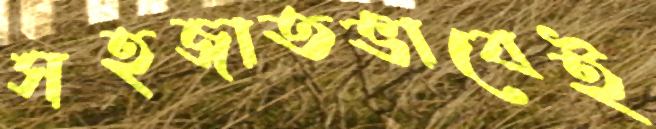
সহজাতভাবেই